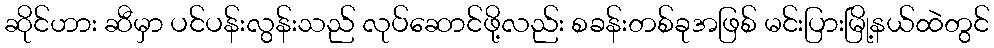
ဆိုင်ဟား ဆီမှာ ပင်ပန်းလွန်းသည် လုပ်ဆောင်ဖို့လည်း စခန်းတစ်ခုအဖြစ် မင်းပြားမြို့နယ်ထဲတွင်